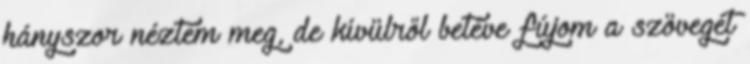
hányszor néztem meg, de kívülről betéve fújom a szövegét